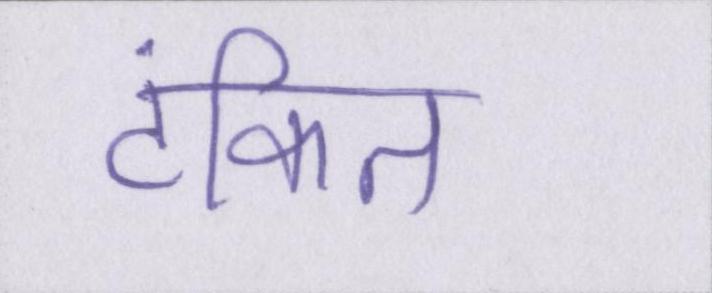
टंकित